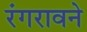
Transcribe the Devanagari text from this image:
रंगरावने